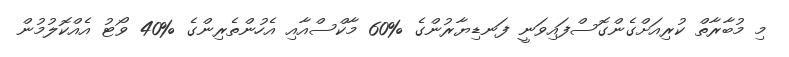
މި މުބާރާތް ކުރިއަށްގެންގޮސްފައިވަނީ ފަނޑިޔާރުންގެ %60 މާކްސްއާއި އެހުންތެރިންގެ %40 ވޯޓު އެއްކޮލުމުން